Vaccination in the Punjab 1905-1918 - 1905-1918
Year: 1905
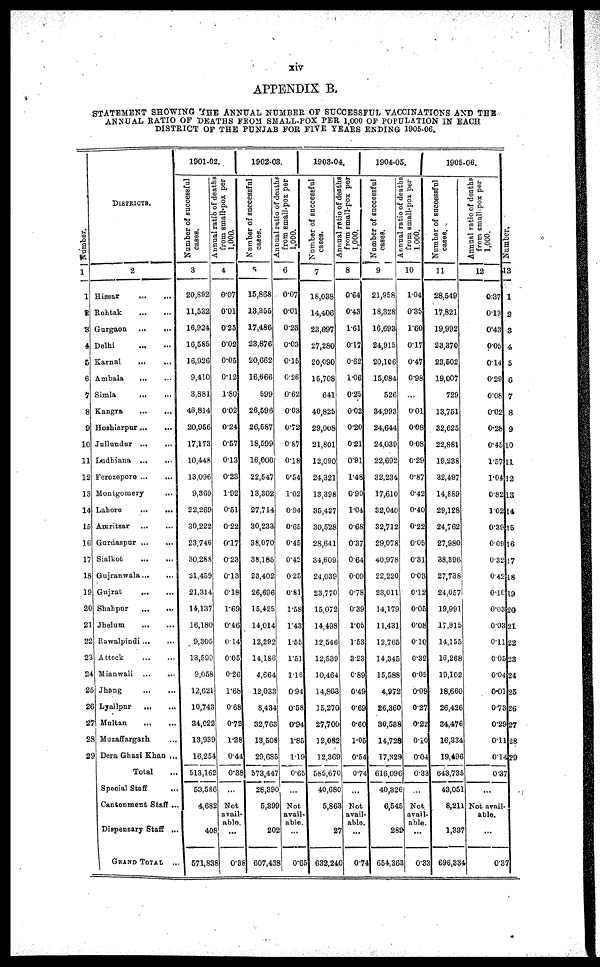
xiv
APPENDIX B.
STATEMENT SHOWING THE ANNUAL NUMBER OF SUCCESSFUL VACCINATIONS AND THE
ANNUAL RATIO OF DEATHS FROM SMALL-POX PER 1,000 OF POPULATION IN EACH
DISTRICT OF THE PUNJAB FOR FIVE YEARS ENDING 1905-06.
Number.
1
1
2
3
4
5
6
7
8
9
10
11
12
13
14
15
16
17
18
19
20
21
22
23
24
25
26
27
28
29
DISTRICTS.
2
Hisaar
...
...
Rohtak
...
...
Gurgaon
...
...
Delhi
...
...
Karnal ... ...
Ambala ... ...
Simla
...
...
Kangra
...
...
Hoshiarpur ... ...
Jullundur
...
...
Ludhiana
...
...
Ferozepor
...
...
Montgomery ... ...
Lahore
...
...
Amritsar
...
...
Gurdaspur ... ...
Sialkot
...
...
Gujranwala ... ...
Gnjrat
...
...
Shahpur
...
...
Jhelum
...
...
Rawalpindi ... ...
Attock
...
...
Mianwali
...
...
Jhang
...
...
Lyallpur
...
...
Multan
...
...
Muzaffargarh ... ...
Dera Ghazi Khan ...
Total ...
Special Staff ...
Cantonment Staff ...
Dispensary Staff ...
GRAND TOTAL ..
1901-02.
Number of successful
cases.
3
20,892
11,532
16,924
16,585
16,926
9,410
3,881
46,814
20,956
17,173
10,448
13,096
9,369
22,269
30,222
23,746
30,288
21,459
21,314
14,137
16,180
9,305
13,590
9,058
12,621
10,743
34,022
13,939
16,254
513,162
53,586
4,682
408
571,838
Annual ratio of deaths
from small-pox per
1,000.
4
0.07
0.01
0.25
0.02
0.05
0.12
1.80
0.02
0.24
0.57
0.13
0.23
1.92
0.51
0.22
0.17
0.23
0.13
0.18
1.69
0.46
0.14
0.05
0.26
1.68
0.68
0.72
1.38
0.44
0.38
...
Not
avail-
able.
...
0.38
1902-03.
Number of successful
cases.
5
15,868
13,355
17,486
23,876
20,662
16,666
599
26,596
26,587
18,599
16,000
22,547
13,302
27,714
30,233
38,070
38,185
23,402
26,696
15,425
14,014
12,292
14,186
4,664
12,033
8,434
32,763
13,508
29,685
573,447
28,390
5,399
202
607,438
Annual ratio of deaths
from small-pox per
1,000.
6
0.07
0.01
0.23
0.03
0.15
0.26
0.62
0.03
0.72
0.87
0.18
0.54
1.02
0.94
0.65
0.45
0.42
0.25
0.81
1.58
1.43
1.55
1.51
1.16
0.94
0.58
0.94
1.85
1.19
0.65
...
Not
avail-
able.
...
0.65
1903-04.
Number of successful
cases.
7
18,038
14,406
23,697
27,280
20,090
15,708
641
40,825
29,008
21,801
12,090
24,321
13,398
35,437
30,528
28,641
34,609
24,039
23,770
15,072
14,498
12,546
12,539
10,464
14,803
15,270
27,700
12,082
12,369
585,670
40,680
5,863
27
632,240
Annual ratio of deaths
from small-pox per
1,000.
8
0.64
0.43
1.61
0.17
0.62
1.06
0.25
0.02
0.20
0.21
0.91
1.48
0.90
1.04
0.68
0.37
0.64
0.09
0.78
0.39
1.05
1.53
3.23
0.89
0.49
0.69
0.60
1.05
0.54
0.74
...
Not
avail-
able.
...
0.74
1904-05.
Number of successful
cases.
9
21,958
18,328
16,693
24,915
20,106
15,084
526
34,993
24,644
24,039
22,692
32,234
17,610
32,040
32,712
29,078
40,978
22,220
23,011
14,179
11,431
12,765
14,345
15,588
4,972
26,360
30,538
14,728
17,329
616,096
40,326
6,545
282
654,363
Annual ratio of deaths
from small-pox per
1,000.
10
1.04
0.35
1.60
0.17
0.47
0.98
...
0.01
0.08
0.08
0.29
0.87
0.42
0.40
0.22
0.05
0.31
0.03
0.12
0.05
0.08
0.10
0.32
0.05
0.09
0.27
0.22
0.10
0.04
0.33
...
Not
avail-
able.
...
0.33
1905-06.
Number of successful
cases.
11
28,549
17,821
19,992
23,370
23,502
19,007
729
13,751
32,625
22,881
19,238
32,497
14,889
29,128
24,762
27,980
38,396
27,738
24,057
19,991
17,915
14,155
16,268
19,102
18,660
26,426
34,476
16,334
19,496
643,735
43,051
8,211
1,337
696,334
Annual ratio of deaths
from small-pox per
1,000.
12
1
0.37
0.13
0.43
0.05
0.14
0.29
0.08
0.02
0.28
0.45
1.57
1.04
0.82
1.02
0.39
0.09
0.32
0.42
0.10
0.03
0.03
0.11
0.05
0.04
0.01
0.73
0.29
0.11
0.14
0.37
...
Not avail-
able.
...
037
Number.
13
1
2
3
4
5
6
7
8
9
10
11
12
13
14
15
16
17
18
19
20
21
22
23
24
25
26
27
28
29